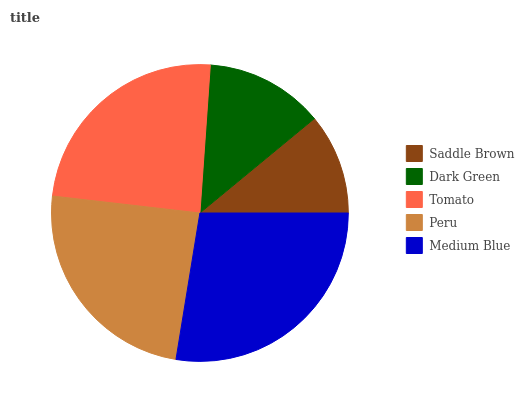
| Saddle Brown | Dark Green | Tomato | Peru | Medium Blue |
 | --- | --- | --- | --- | --- |
 | 11% | 12.9% | 24.4% | 24.2% | 27.5% |